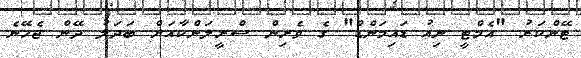
ޓޭންކަރު "އެމްޓީ ނިއު ޑައިމަންޑް" ގެ ވެރިން ސްރީލަންކާއަށް ބަދަލު ދޭން ޖެހޭނެ